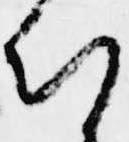
知